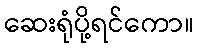
ဆေးရုံပို့ရင်ကော။